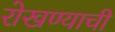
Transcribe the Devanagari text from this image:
रोखण्याची